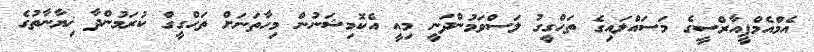
އެމްއެމްޕީއާރްސީގެ މަސައްލައިގެ ތަހްގީގު ލަސްވަމުންދަނީ މިއީ އެކޮމިޝަނުން މިހާތަނަށް ތަހްގީގް ކުރަމުންދާ ޚިޔާނާތުގެ